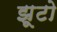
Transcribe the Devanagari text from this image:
झूटो